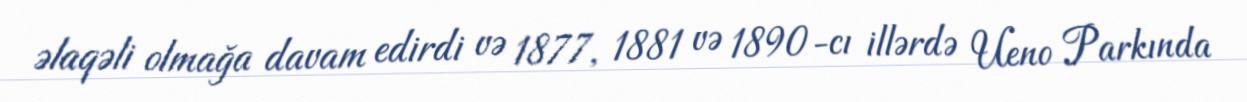
əlaqəli olmağa davam edirdi və 1877, 1881 və 1890-cı illərdə Ueno Parkında